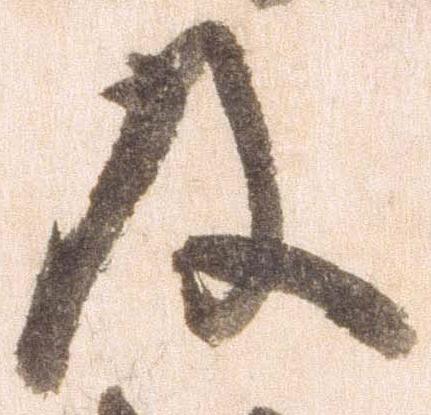
及